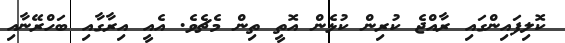
ކޮލިފައިންގައި ރާއްޖެ ކުރިން ކުޅެން އޮތީ ތިން މެޗެވެ. އެއީ އިރާގާއި ބަހްރޭނާއި